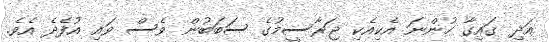
އަދި ގައިގާ ހުންނަ އެކިއެކި ޖަރާސީމުގެ ސަބަބުން ވެސް ވައި އުފެދެ އެވެ.